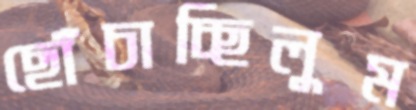
ছোঁচাচ্ছিলুম